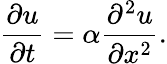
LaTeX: {\frac{\partial u}{\partial t}}=\alpha{\frac{\partial^{2}u}{\partial x^{2}}}.